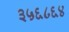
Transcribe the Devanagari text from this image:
३५६८६४